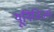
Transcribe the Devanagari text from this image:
यूनिनिज्म